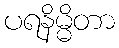
ပရနိမ္မိတာ